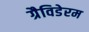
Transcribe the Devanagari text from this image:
ग्रैविडेरम